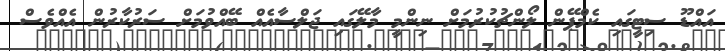
އައްޑޫ ސިޓީގައި ކެމްޕޭން ލޯންޗުކުރުމަށް ނިންމީ މާލޭގައި ޖަލްސާއެއް ބޭއްވުމަށް ސަރުކާރުން އެއްވެސް